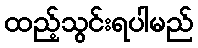
ထည့်သွင်းရပါမည်